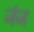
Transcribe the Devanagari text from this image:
जंज